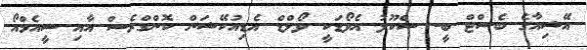
އޭޝިއާގެ ބެސްޓް ބީ- ސްކޫލު އެވޯޑަކީ ވޯލްޑް އެޑިއުކޭޝަން ކޮންގްރެސް އާއި ސީއެމްއޯ